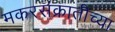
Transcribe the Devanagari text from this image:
मकरसंक्रातीच्या